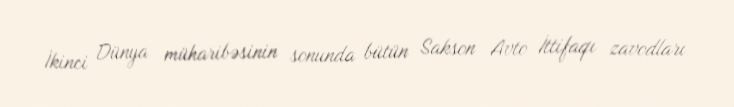
İkinci Dünya müharibəsinin sonunda bütün Sakson Avto İttifaqı zavodları